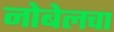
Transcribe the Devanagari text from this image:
नोबेलचा